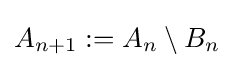
A_{n+1}:=A_{n}\setminus B_{n}